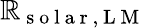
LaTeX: \mathbb{R}_{\mathrm{{~s~o~l~a~r~,~L~M~}}}